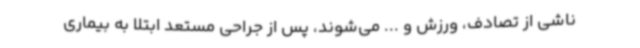
ناشی از تصادف، ورزش و ... می‌شوند، پس از جراحی مستعد ابتلا به بیماری